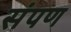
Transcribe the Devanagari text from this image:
संपण